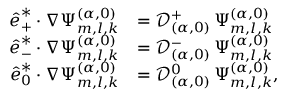
\begin{array} { r l } { \boldsymbol { \hat { e } } _ { + } ^ { * } \cdot \boldsymbol { \nabla } \Psi _ { m , l , k } ^ { ( \alpha , 0 ) } } & { = \mathcal { D } _ { ( \alpha , 0 ) } ^ { + } \, \Psi _ { m , l , k } ^ { ( \alpha , 0 ) } } \\ { \boldsymbol { \hat { e } } _ { - } ^ { * } \cdot \boldsymbol { \nabla } \Psi _ { m , l , k } ^ { ( \alpha , 0 ) } } & { = \mathcal { D } _ { ( \alpha , 0 ) } ^ { - } \, \Psi _ { m , l , k } ^ { ( \alpha , 0 ) } } \\ { \boldsymbol { \hat { e } } _ { 0 } ^ { * } \cdot \boldsymbol { \nabla } \Psi _ { m , l , k } ^ { ( \alpha , 0 ) } } & { = \mathcal { D } _ { ( \alpha , 0 ) } ^ { 0 } \, \Psi _ { m , l , k } ^ { ( \alpha , 0 ) } , } \end{array}